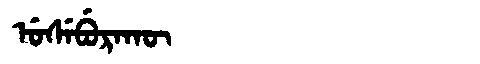
Manchu: ᡠᠰᡝᠪᡠᡵᠠᡴᡡ
Romanization: USEBURAKŪ